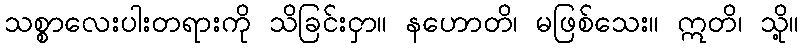
သစ္စာလေးပါးတရားကို သိခြင်းငှာ။ နဟောတိ၊ မဖြစ်သေး။ ဣတိ၊ သို့။